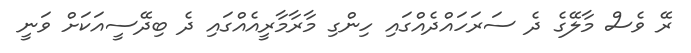
ރޭ ވެސް މާލޭގެ ދެ ސަރަހައްދެއްގައި ހިންގި މާރާމާރީއެއްގައި ދެ ބިދޭސީއަކަށް ވަނީ